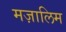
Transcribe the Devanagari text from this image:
मज़ालिम